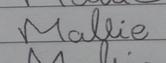
Signature authenticity: forged